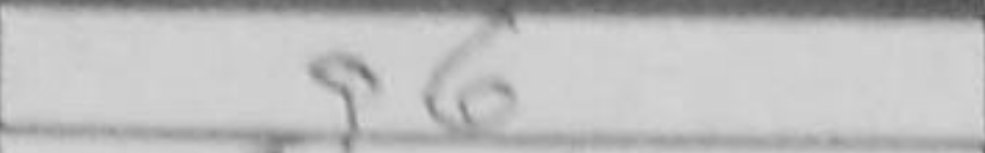
Transcription: g6